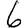
Digit: 6